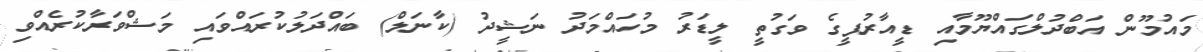
މައުމޫން އަބްދުލްގައްޔޫމާއި ޑީއާރުޕީގެ ވަގުތީ ލީޑަރު މުހައްމަދު ނަޝީދު (ކާނަލް) ބައްދަލުކުރައްވައި މަޝްވަރާކުރެއްވި